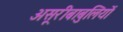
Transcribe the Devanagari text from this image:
असूरीबाबुलियों